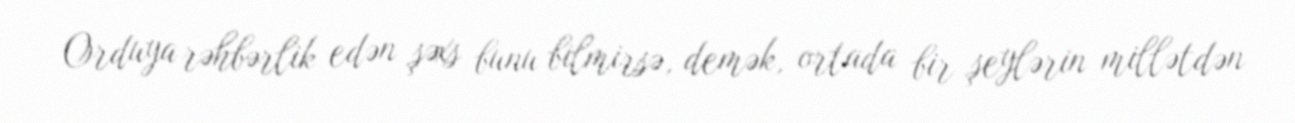
Orduya rəhbərlik edən şəxs bunu bilmirsə, demək, ortada bir şeylərin millətdən